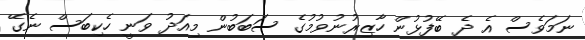
ނަމަވެސް އެ ދެ ބޭފުޅުން ހާޒިރުނުވުމުގެ ސަބަބުން މިއަދު ވަނީ ހެކިބަސް ނެގޭ